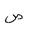
Letter: _sad